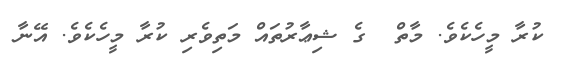
ކުރާ މީހެކެވެ. މާތް  ގެ ޝިޢާރުތައް މަތިިވެރި ކުރާ މީހެކެވެ. އޭނާ